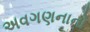
અવગણનાનો